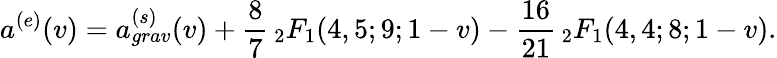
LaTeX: a^{(e)}(v)=a_{grav}^{(s)}(v)+\frac{8}{7}\, _{2}F_{1}(4,5;9;1-v)-\frac{16}{21}\, _{2}F_{1}(4,4;8;1-v).